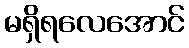
မရှိရလေအောင်